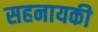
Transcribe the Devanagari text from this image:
सहनायकी